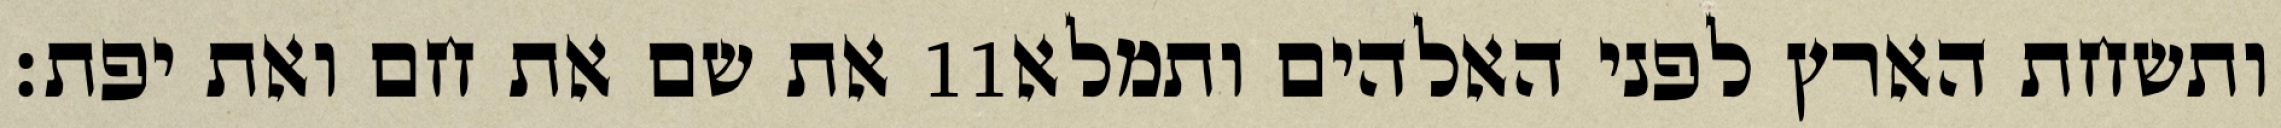
את שם את חם ואת יפת׃ ‎11‏ ותשחת הארץ לפני האלהים ותמלא